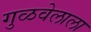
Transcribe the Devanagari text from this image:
गुळवेलाला